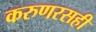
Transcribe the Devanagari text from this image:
करुणरसही